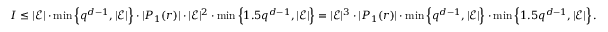
I \leq | \mathcal { E } | \cdot \operatorname* { m i n } \left\{ q ^ { d - 1 } , | \mathcal { E } | \right\} \cdot | P _ { 1 } ( r ) | \cdot | \mathcal { E } | ^ { 2 } \cdot \operatorname* { m i n } \left\{ 1 . 5 q ^ { d - 1 } , | \mathcal { E } | \right\} = | \mathcal { E } | ^ { 3 } \cdot | P _ { 1 } ( r ) | \cdot \operatorname* { m i n } \left\{ q ^ { d - 1 } , | \mathcal { E } | \right\} \cdot \operatorname* { m i n } \left\{ 1 . 5 q ^ { d - 1 } , | \mathcal { E } | \right\} .